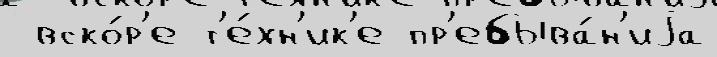
 вско́р'е т'е́хн'ик'е пр'ебыва́н'иjа